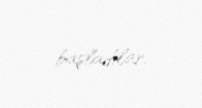
başladılar.